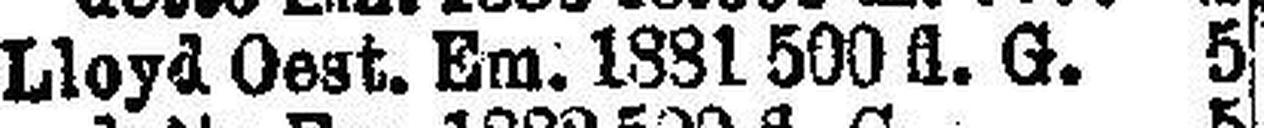
Lloyd. Oest. Em. 1881 500 fl. G. 5